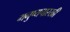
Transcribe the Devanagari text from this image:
मनुष्यपारखी